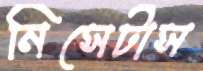
নিসেটাস